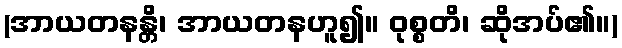
(အာယတနန္တိ၊ အာယတနဟူ၍။ ဝုစ္စတိ၊ ဆိုအပ်၏။)